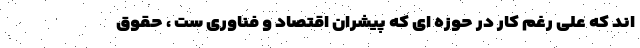
اند که علی رغم کار در حوزه ای که پیشران اقتصاد و فناوری ست ، حقوق